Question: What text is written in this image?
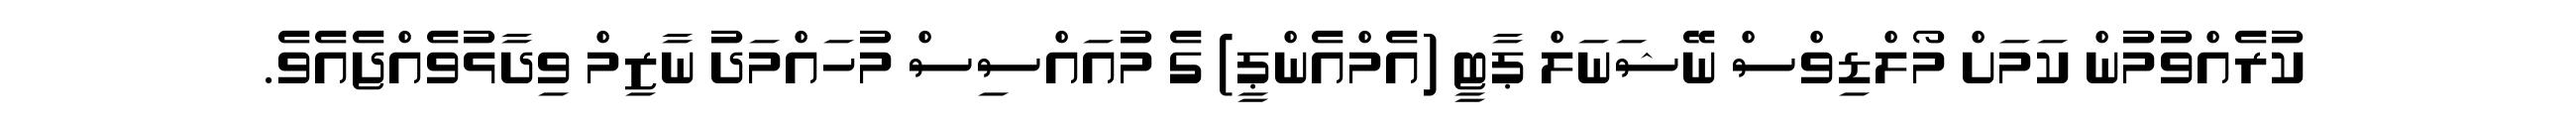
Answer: ކުރެއްވުމުން ކަމަށް މޯލްޑިވްސް ނޭޝަނަލް ޕާޓީ (އެމްއެންޕީ) ގެ މުއައްސިސް މުހައްމަދު ނާޒިމް ވިދާޅުވެއްޖެއެވެ.